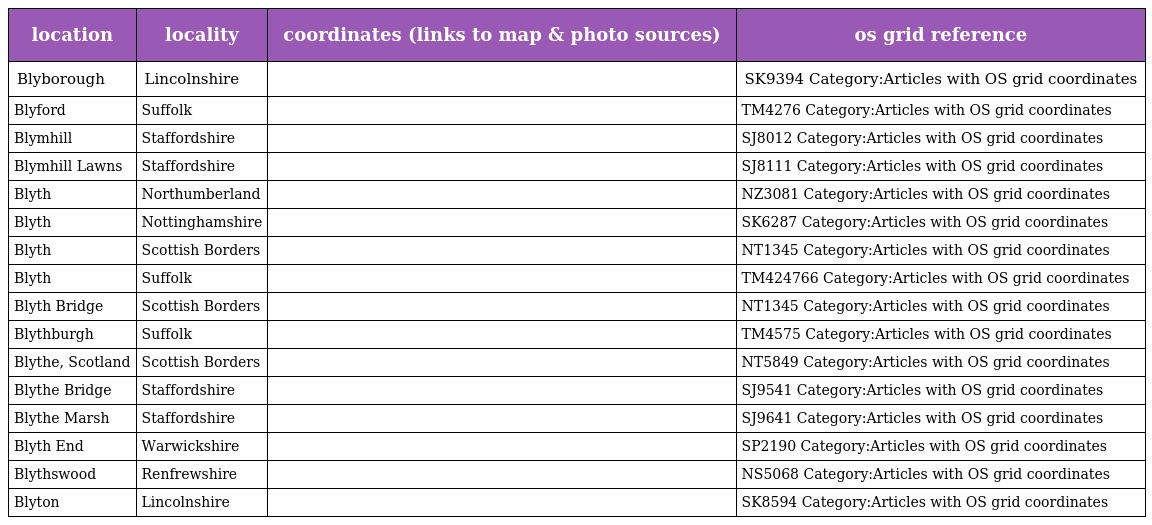
| location | locality | coordinates (links to map & photo sources) | os grid reference |
 | --- | --- | --- | --- |
 | Blyborough | Lincolnshire |  | SK9394 Category:Articles with OS grid coordinates |
 | Blyford | Suffolk |  | TM4276 Category:Articles with OS grid coordinates |
 | Blymhill | Staffordshire |  | SJ8012 Category:Articles with OS grid coordinates |
 | Blymhill Lawns | Staffordshire |  | SJ8111 Category:Articles with OS grid coordinates |
 | Blyth | Northumberland |  | NZ3081 Category:Articles with OS grid coordinates |
 | Blyth | Nottinghamshire |  | SK6287 Category:Articles with OS grid coordinates |
 | Blyth | Scottish Borders |  | NT1345 Category:Articles with OS grid coordinates |
 | Blyth | Suffolk |  | TM424766 Category:Articles with OS grid coordinates |
 | Blyth Bridge | Scottish Borders |  | NT1345 Category:Articles with OS grid coordinates |
 | Blythburgh | Suffolk |  | TM4575 Category:Articles with OS grid coordinates |
 | Blythe, Scotland | Scottish Borders |  | NT5849 Category:Articles with OS grid coordinates |
 | Blythe Bridge | Staffordshire |  | SJ9541 Category:Articles with OS grid coordinates |
 | Blythe Marsh | Staffordshire |  | SJ9641 Category:Articles with OS grid coordinates |
 | Blyth End | Warwickshire |  | SP2190 Category:Articles with OS grid coordinates |
 | Blythswood | Renfrewshire |  | NS5068 Category:Articles with OS grid coordinates |
 | Blyton | Lincolnshire |  | SK8594 Category:Articles with OS grid coordinates |